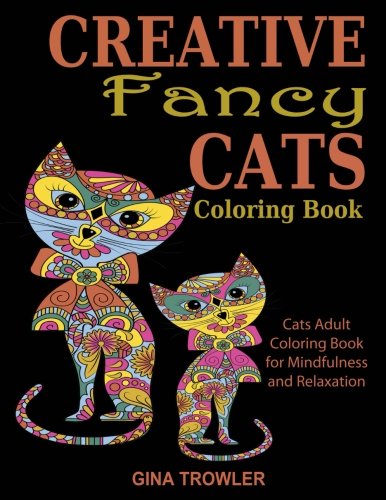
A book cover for Creative Fancy Cats Coloring Book: Cats Adult Coloring Book for Mindfulness and Relaxation (Adult Coloring Book Animals, Creative Cats, Adult Coloring Book Cats) (Volume 1); Gina Trowler; Crafts, Hobbies & Home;